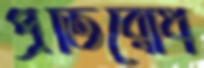
প্রতিরোধ